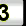
Digit: 3